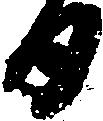
日